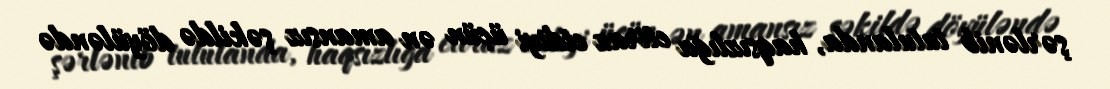
şərlənib tutulanda, haqsızlığa etiraz etdiyi üçün ən amansız şəkildə döyüləndə